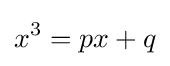
x^{3}=px+q